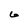
Character: 6